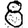
Digit: 8